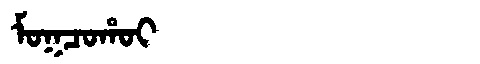
Manchu: ᠮᠣᡴᠴᠣᡥᠣᡳ
Romanization: MOKCOHOI